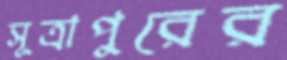
সূত্রাপুরের